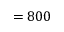
= 8 0 0